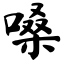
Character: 嗓